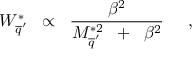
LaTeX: W _ { \overline { { { q } } } ^ { \prime } } ^ { * } \; \; \propto \; \; \frac { \beta ^ { 2 } } { M _ { \overline { { { q } } } ^ { \prime } } ^ { * 2 } \; \; + \; \; \beta ^ { 2 } } \; \; \; \; \; ,